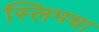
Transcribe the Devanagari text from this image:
स्लिमचा